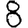
Digit: 8